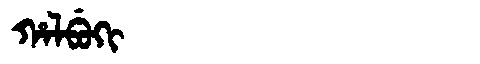
Manchu: ᡥᠠᠯᠪᡠᡴᡳ
Romanization: HALBUKI